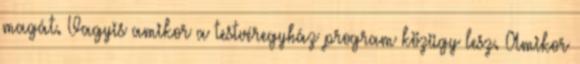
magát. Vagyis amikor a testvéregyház program közügy lesz. Amikor